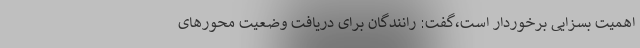
اهمیت بسزایی برخوردار است،گفت: رانندگان برای دریافت وضعیت محورهای